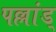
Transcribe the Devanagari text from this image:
पल्लांड्